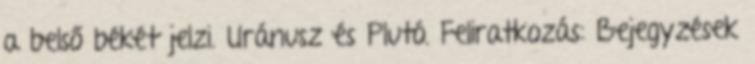
a belső békét jelzi. Uránusz és Plutó. Feliratkozás: Bejegyzések